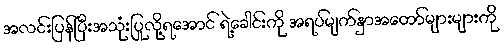
အလင်းပြန်ပြီးအသုံးပြုလို့ရအောင် ရဲ့ခေါင်းကို အရပ်မျက်နှာအတော်များများကို